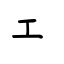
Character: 工